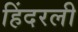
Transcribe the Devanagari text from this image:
हिंदरली